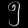
Digit: ၅